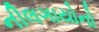
નીલગાયોનો